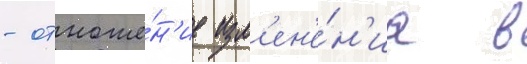
- отноше́н'ие изм'ен'е́н'иа в